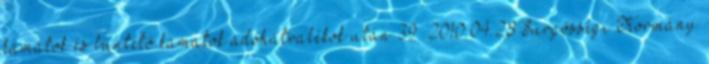
kamatok és büntető kamatok adóhátralékok után 39 2010.04.28 Sürgősségi Kormány